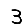
Digit: 3